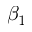
\beta _ { 1 }